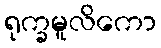
ရုက္ခမူလိကော